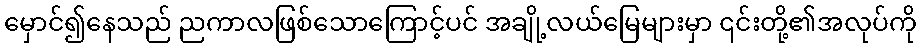
မှောင်၍နေသည် ညကာလဖြစ်သောကြောင့်ပင် အချို့လယ်မြေများမှာ ၎င်းတို့၏အလုပ်ကို